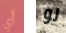
أي لو